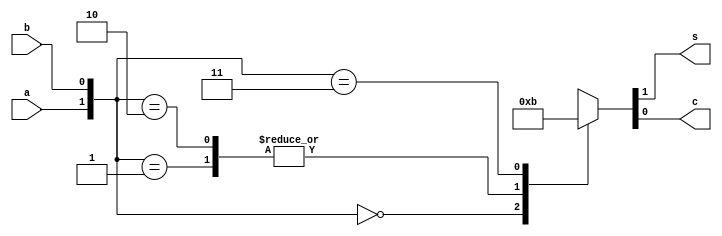
module report1_halfadder2(a, b, s, c);
input a, b;
output s, c;
wire s, c;

reg s, c;

always @(*) begin
case({a,b})
2'b00 : {s, c} = 2'b00;
2'b01 : {s, c} = 2'b10;
2'b10 : {s, c} = 2'b10;
2'b11 : {s, c} = 2'b11;
endcase
end

endmodule